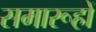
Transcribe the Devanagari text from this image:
समारूहों